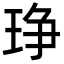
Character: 琤